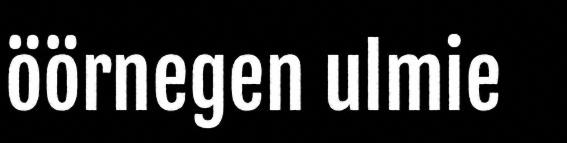
öörnegen ulmie